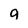
Character: g